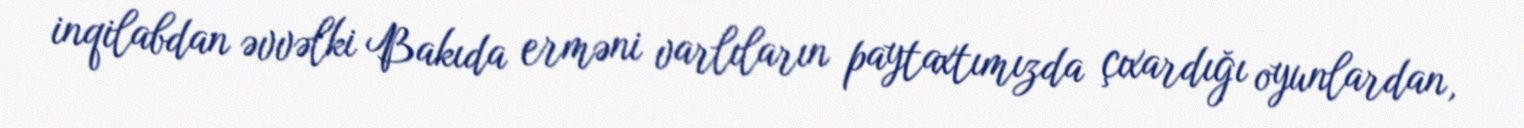
inqilabdan əvvəlki Bakıda erməni varlıların paytaxtımızda çıxardığı oyunlardan,